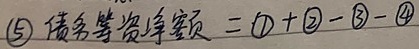
\(\textcircled{5}\) 债务筹资净额 \(=\textcircled{1} + \textcircled{2}-\textcircled{3} - \textcircled{4}\)